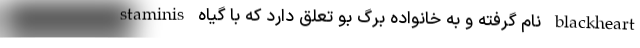
staminis نام گرفته و به خانواده برگ بو تعلق دارد که با گیاه blackheart